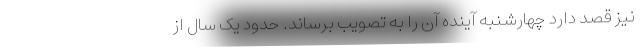
نیز قصد دارد چهارشنبه آینده آن را به تصویب برساند. حدود یک سال از